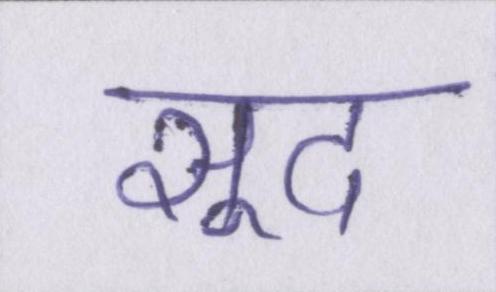
सूद